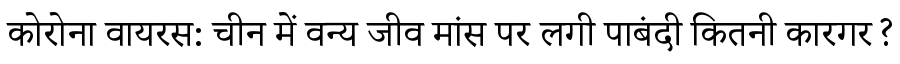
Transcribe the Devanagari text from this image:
कोरोना वायरस: चीन में वन्य जीव मांस पर लगी पाबंदी कितनी कारगर?